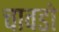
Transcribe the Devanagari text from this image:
चावडो